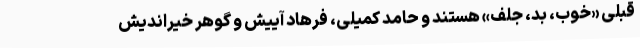
قبلی «خوب، بد، جلف» هستند و حامد کمیلی، فرهاد آییش و گوهر خیراندیش